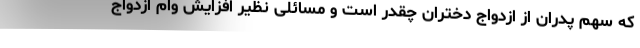
که سهم پدران از ازدواج دختران چقدر است و مسائلی نظیر افزایش وام ازدواج